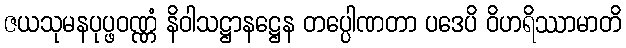
ဇယသုမနပုပ္ဖဝဏ္ဏံ နိဝါသဋ္ဌာနဋ္ဌေန တပ္ပေါဏတာ ပဒေပိ ဝိဟရိဿာမာတိ